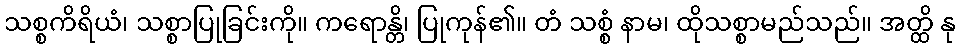
သစ္စကိရိယံ၊ သစ္စာပြုခြင်းကို။ ကရောန္တိ၊ ပြုကုန်၏။ တံ သစ္စံ နာမ၊ ထိုသစ္စာမည်သည်။ အတ္ထိ နု